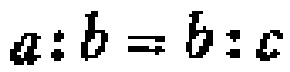
\(a:b = b:c\)